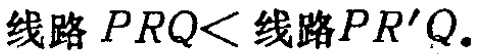
线路 \(PRQ<\) 线路 \(PR'Q.\)